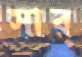
সার্